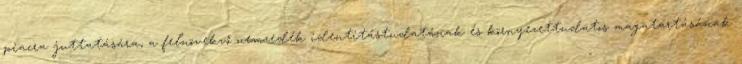
piacra juttatására, a felnövekvő nemzedék identitástudatának és környezettudatos magatartásának